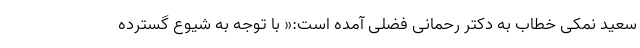
سعید نمکی خطاب به دکتر رحمانی فضلی آمده است:« با توجه به شیوع گسترده